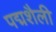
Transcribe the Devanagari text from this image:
पद्मशैली